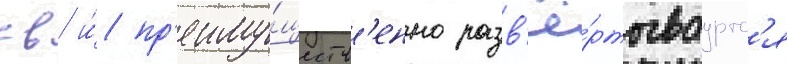
св и́ пр'еиму́ществ'енно разв'ё́ртываутс'я